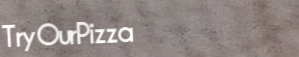
TryOurPizza